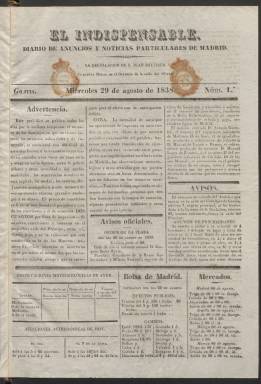
Título: El Indispensable (Madrid. 1838)
Colección: Periódicos anteriores a 1850
Ámbito geográfico: Madrid
Lugar de publicación: Madrid
Fechas: 29/08/1838-08/11/1838